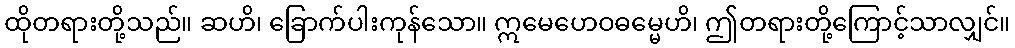
ထိုတရားတို့သည်။ ဆဟိ၊ ခြောက်ပါးကုန်သော။ ဣမေဟေဝဓမ္မေဟိ၊ ဤတရားတို့ကြောင့်သာလျှင်။